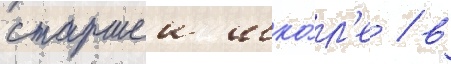
старшеи шко́л'е / в